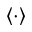
\left\langle \cdot \right\rangle